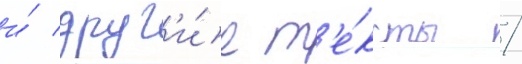
и́ друг'и́е т'е́ксты /